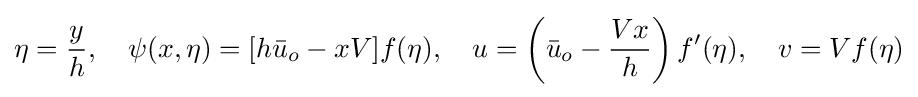
\eta ={\frac {y}{h}},\quad \psi (x,\eta )=[h{\bar {u}}_{o}-xV]f(\eta ),\quad u=\left({\bar {u}}_{o}-{\frac {Vx}{h}}\right)f'(\eta ),\quad v=Vf(\eta )